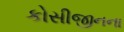
કોસીજીનના